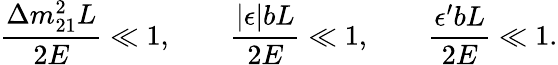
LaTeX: \frac{\Delta m_{21}^{2}L}{2E}\ll 1,\qquad\frac{|\epsilon|bL}{2E}\ll 1,\qquad\frac{\epsilon^{\prime}bL}{2E}\ll 1.